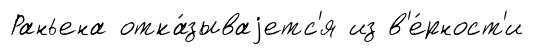
Раньена отка́зываjетс'я из в'е́рност'и